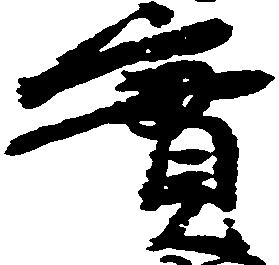
実